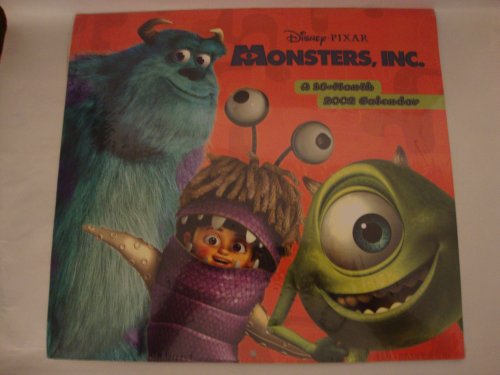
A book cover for Monsters, Inc 2002 Calendar: 16-Month; Calendars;